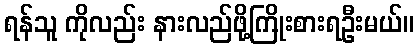
ရန်သူ ကိုလည်း နားလည်ဖို့ကြိုးစားရဦးမယ်။